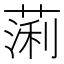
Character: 𫉃